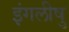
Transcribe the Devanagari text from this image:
इंगलीषु